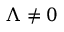
\Lambda \neq 0